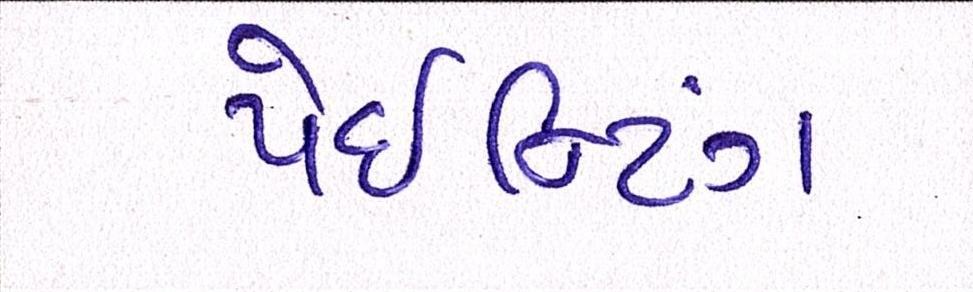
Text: પેઈન્ટિંગ